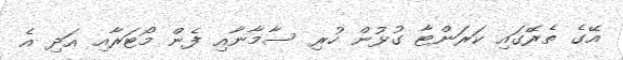
އޭގެ ތެރޭގައި ކަރަންޓާ ގުޅުން ހުރި ސާމާނާއި ފެން މޯޓަރާއި އަދި އެ